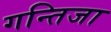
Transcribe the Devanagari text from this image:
गन्तिजा